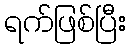
ရက်ဖြစ်ပြီး